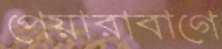
পেয়ারাবাগে